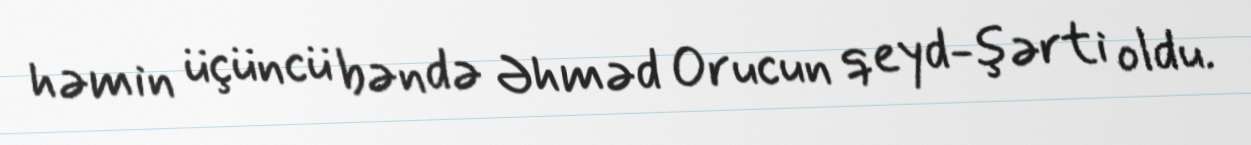
həmin üçüncü bəndə Əhməd Orucun qeyd-şərti oldu.